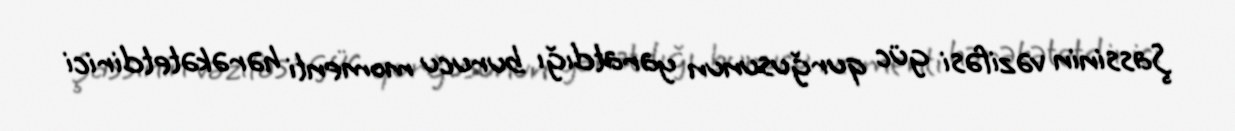
Şassinin vəzifəsi güc qurğusunun yaratdığı burucu momenti hərəkətetdirici